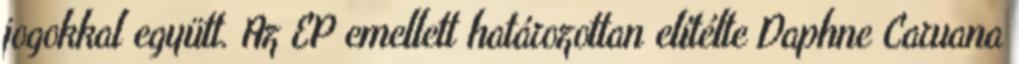
jogokkal együtt. Az EP emellett határozottan elítélte Daphne Caruana